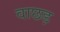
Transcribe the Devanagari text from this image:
वाछड़